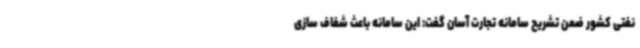
نفتی کشور ضمن تشریح سامانه تجارت آسان گفت: این سامانه باعث شفاف سازی